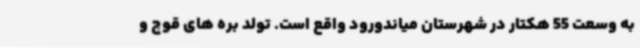
به وسعت 55 هکتار در شهرستان میاندورود واقع است. تولد بره های قوچ و